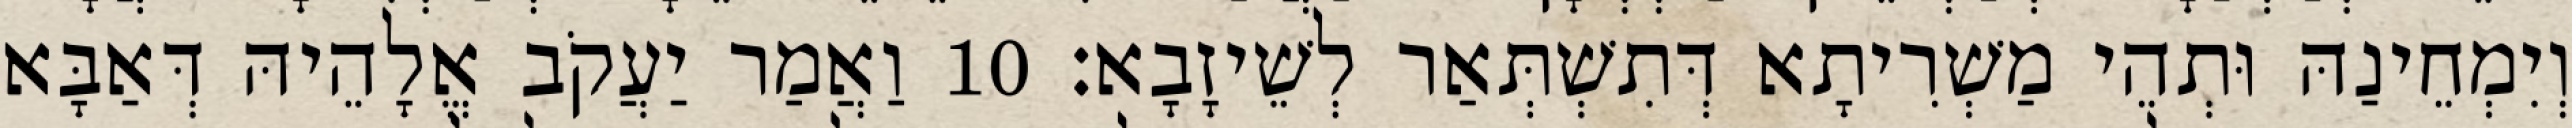
וְיִמְחֵינַהּ וּתְהֵי מַשְׁרִיתָא דְּתִשְׁתְּאַר לְשֵׁיזָבָא׃ 10 וַאֲמַר יַעֲקֹב אֱלָהֵיהּ דְּאַבָּא